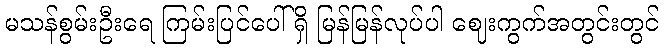
မသန်စွမ်းဦးရေ ကြမ်းပြင်ပေါ်ရှိ မြန်မြန်လုပ်ပါ ဈေးကွက်အတွင်းတွင်